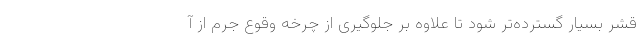
قشر بسیار گسترده‌تر شود تا علاوه بر جلوگیری از چرخه وقوع جرم از آ